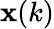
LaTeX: \mathbf{x}(k)